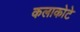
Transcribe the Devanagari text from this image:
कलाकोटे